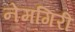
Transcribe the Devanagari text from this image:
नेमगिरी